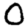
Digit: 0